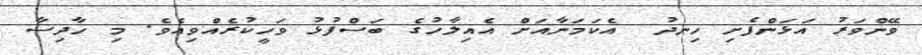
ވޭންވަރު އަޅަންފެށި ހިނދު  އެކަމަނާއަށް އެއިލާހުގެ ބަސްފުޅު ވަހީކުރެއްވިއެވެ. މި ހާދިސާ